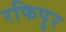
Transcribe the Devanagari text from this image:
रफिपुर